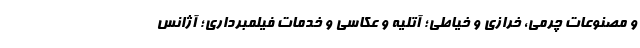
و مصنوعات چرمی، خرازی و خیاطی؛ آتلیه و عکاسی و خدمات فیلمبرداری؛ آژانس